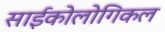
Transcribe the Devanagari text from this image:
साईकोलोगिकल